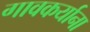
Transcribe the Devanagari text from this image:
गावकर्याना